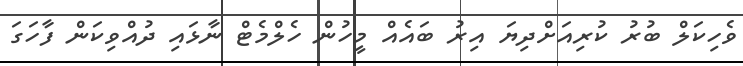
ވެހިކަލް ބުރު ކުރިއަށްދިޔަ އިރު ބައެއް މީހުން ހެލްމެޓް ނާޅައި ދުއްވިކަން ފާހަގަ